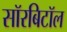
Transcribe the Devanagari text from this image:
सॉरबिटॉल